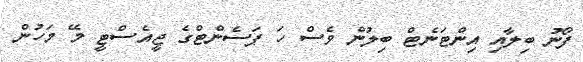
ފޯނު ބިލާއި އިންޓަނެޓް ބިލުން ވެސް ހަ ޕަސެންޓްގެ ޖީއެސްޓީ މޭ މަހުން